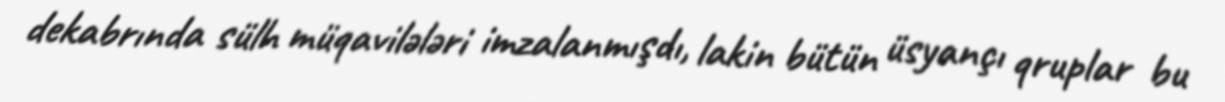
dekabrında sülh müqavilələri imzalanmışdı, lakin bütün üsyançı qruplar bu